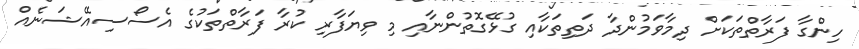
ހިންގާ ފަރާތްތަކަށް ދިމާވަމުންދާ ދަތިތަކާއި ގުޅޭގޮތުންނާއި މި ވިޔަފާރި ކުރާ ފަރާތްތަކުގެ އެސޯސިއޭޝަނެއް